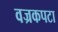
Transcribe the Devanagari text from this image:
वज्रकपटा